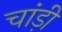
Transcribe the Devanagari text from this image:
चांड़ी